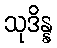
သုဒိန္န